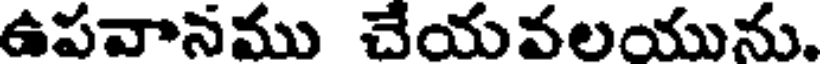
ఉపవానము చేయవలయును.